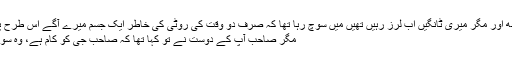
اٹھو.. تمھیں چھوڑ آتا ہوں ( خوف تھا یا کچھ اور مگر میری ٹانگیں اب لرز رہیں تھیں میں سوچ رہا تھا کہ صرف دو وقت کی روٹی کی خاطر ایک جسم میرے آگے اس طرح پڑا تھا وہ بھی فقط پانچ ہزار کے لیے…. )
مگر صاحب آپ کے دوست نے تو کہا تھا کہ صاحب جی کو کام ہے، وہ سوال پوچھیں گے اور آواز ریکارڈ کریں گے۔